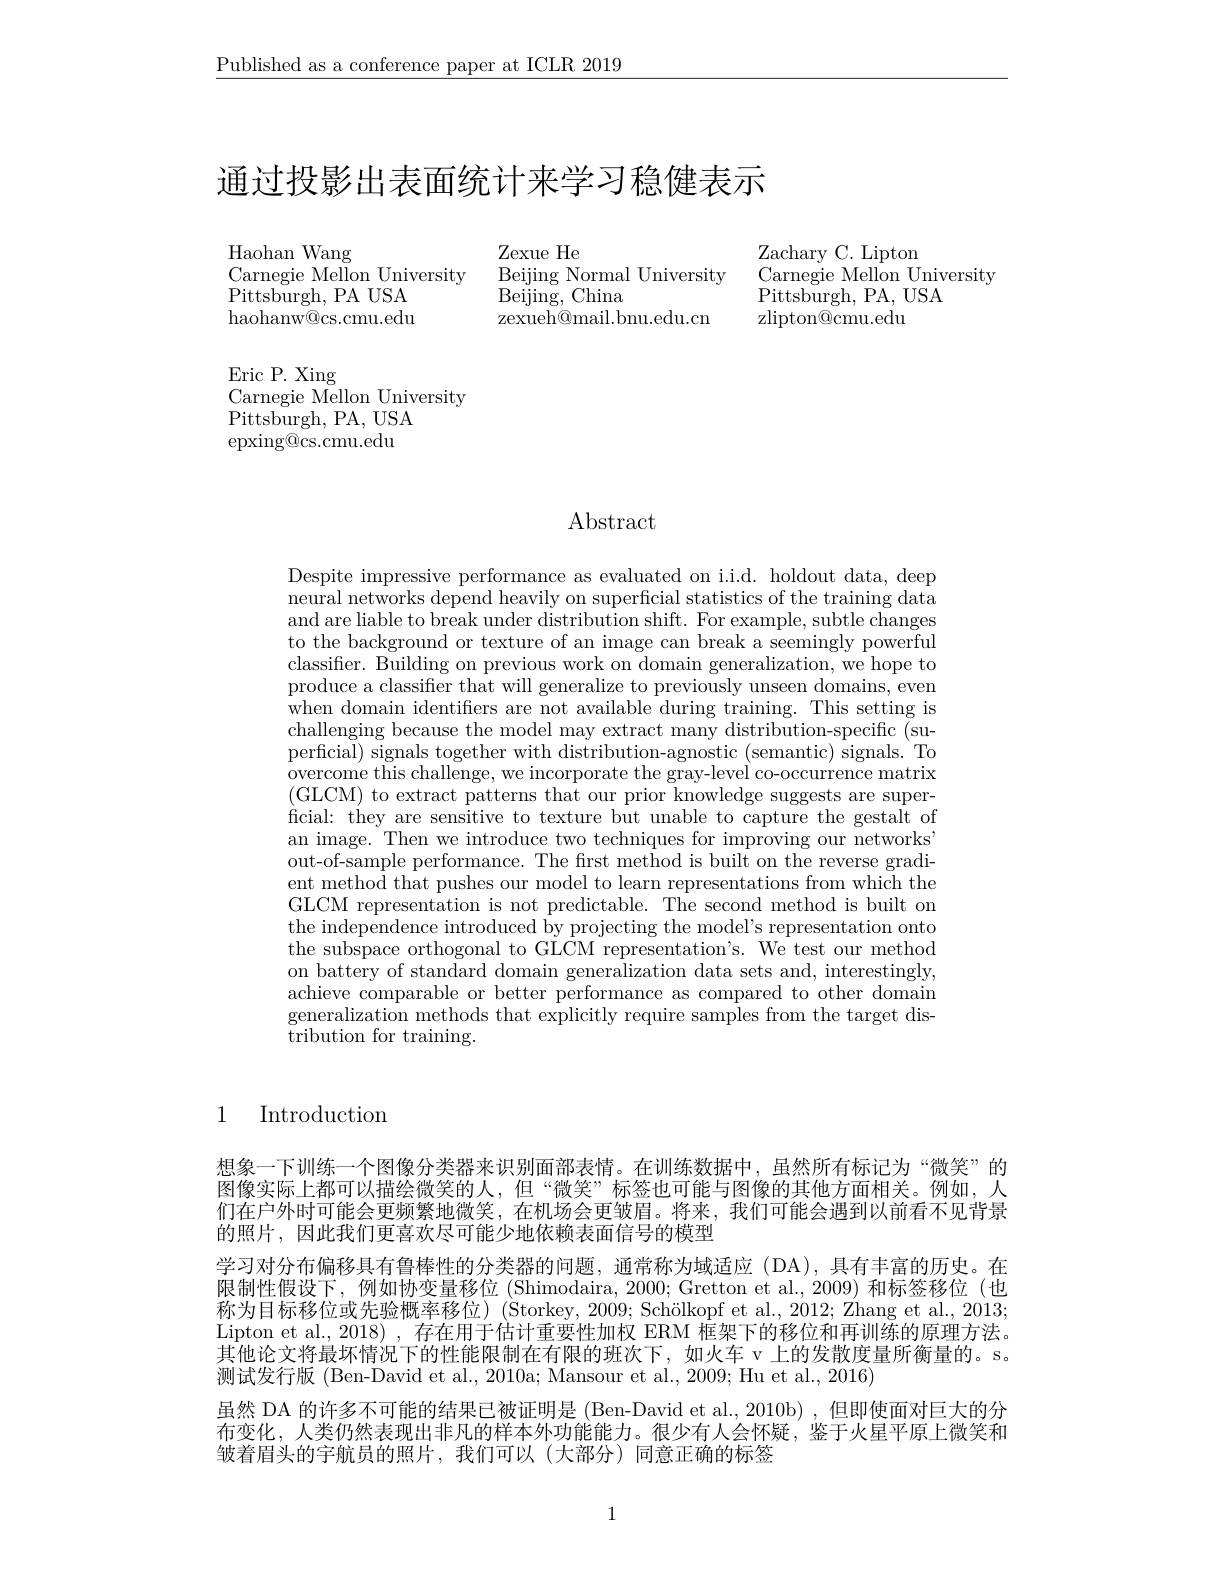
$\underline{\text{Published as a conference paper at ICLR 2019}}$

# 通过投影出表面统计来学习稳健表示

Zexue He
$\mathop{\mathrm{Beijing~Normal~University}}$
$\bar{\mathrm{Beijing,~China}}$
zexueh@mail.bnu.edu.cn

Haohan Wang
Carnegie Mellon University
Pittsburgh, PA USA haohanw@cs.cmu.edu

Eric P. Xing
Carnegie Mellon University
Pittsburgh, PA, USA epxing@cs.cmu.edu

Zachary C. Lipton
Carnegie Mellon University
Pittsburgh, PA, USA
zlipton@cmu.edu

$\operatorname{Abstract}$

Despite impressive performance as evaluated on i.i.d. holdout data, deep neural networks depend heavily on superficial statistics of the training data and are liable to break under distribution shift. For example, subtle changes to the background or texture of an image can break a seemingly powerful classifer. Building on previous work on domain generalization, we hope to produce a classifier that will generalize to previously unseen domains, even when domain identifiers are not available during training. This setting is challenging because the model may extract many distribution-specific (superficial) signals together with distribution-agnostic (semantic) signals. To overcome this challenge, we incorporate the gray-level co-occurrence matrix (GLCM) to extract patterns that our prior knowledge suggests are superficial: they are sensitive to texture but unable to capture the gestalt of an image. Then we introduce two techniques for improving our networks' out-of-sample performance. The first method is built on the reverse gradient method that pushes our model to learn representations from which the GLCM representation is not predictable. The second method is built on $\dot{\text{the independence introduced by projecting the model's representation onto}}$ the subspace orthogonal to GLCM representation's. We test our method on battery of standard domain generalization data sets and, interestingly, achieve comparable or better performance as compared to other domain generalization methods that explicitly require samples from the target dis- ${\mathrm{tribution~for~training.}}$

1 Introduction

想象一下训练一个图像分类器来识别面部表情。在训练数据中，虽然所有标记为“微笑”的图像实际上都可以描绘微笑的人，但“微笑” 标签也可能与图像的其他方面相关。例如，人们在户外时可能会更频繁地微笑，在机场会更皱眉。将来，我们可能会遇到以前看不见背景的照片，因此我们更喜欢尽可能少地依赖表面信号的模型
学习对分布偏移具有鲁棒性的分类器的问题，通常称为域适应 (DA),具有丰富的历史。在限制性假设下，例如协变量移位 (Shimodaira,2000;Gretton et al.,2009)和标签移位 (也称为目标移位或先验概率移位)(Storkey, 2009; Schölkopf et al., 2012; Zhang et al., 2013; Lipton et al., 2018) , 存在用于估计重要性加权 ERM 框架下的移位和再训练的原理方法。其他论文将最坏情况下的性能限制在有限的班次下，如火车 v 上的发散度量所衡量的。s。测试发行版 (Ben-David et al., 2010a; Mansour et al., 2009; Hu et al., 2016)
虽然 DA 的许多不可能的结果已被证明是 (Ben-David et al., 2010b) ,但即使面对巨大的分布变化，人类仍然表现出非凡的样本外功能能力。很少有人会怀疑，鉴于火星平原上微笑和皱着眉头的宇航员的照片，我们可以(大部分)同意正确的标签

1